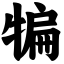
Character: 犏